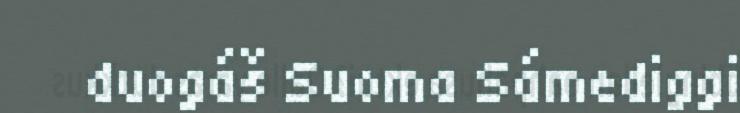
duogáš Suoma Sámediggi